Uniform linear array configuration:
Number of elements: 12
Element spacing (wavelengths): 0.25
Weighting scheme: exponential
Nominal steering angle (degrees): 60
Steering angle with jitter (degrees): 60.855
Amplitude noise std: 0.05
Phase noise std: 0.05

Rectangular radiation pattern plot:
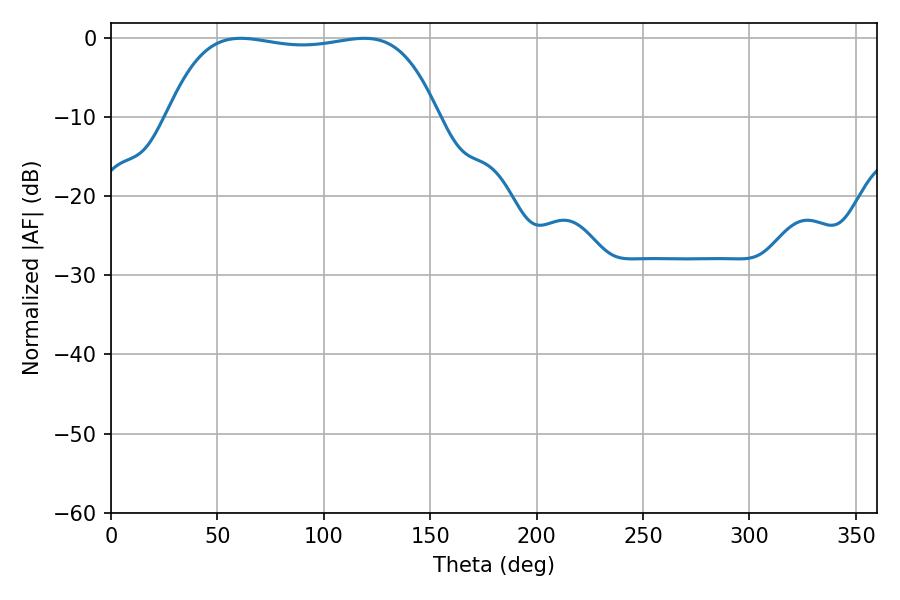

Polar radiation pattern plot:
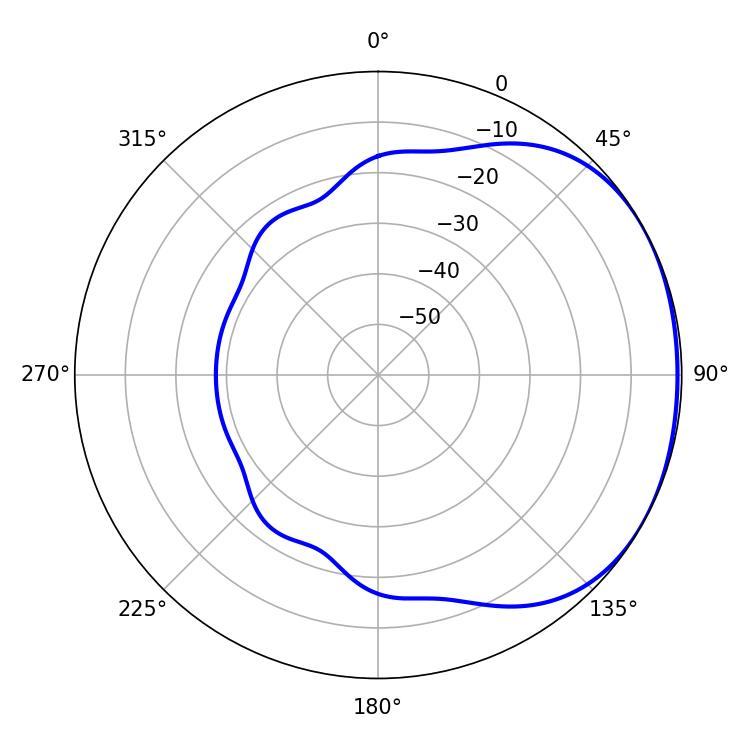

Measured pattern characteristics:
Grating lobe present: FALSE
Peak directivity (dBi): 1.429
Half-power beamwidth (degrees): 100.8
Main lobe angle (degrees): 61.02